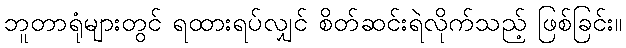
ဘူတာရုံများတွင် ရထားရပ်လျှင် စိတ်ဆင်းရဲလိုက်သည့် ဖြစ်ခြင်း။